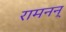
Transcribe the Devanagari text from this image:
रामनन्‌